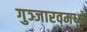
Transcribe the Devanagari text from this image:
गुञ्जारवमध्ये